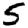
Digit: 5